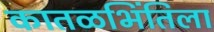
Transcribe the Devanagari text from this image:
कातळभिंतिला